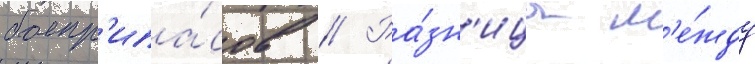
боепр'ипа́сов // Ра́зн'ица м'е́жду